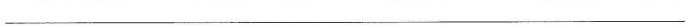
___